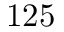
1 2 5